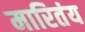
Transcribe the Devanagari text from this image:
मारितंय